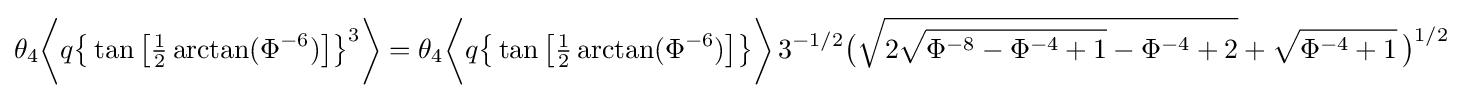
\theta _{4}{\biggl \langle }q{\bigl \{}\tan {\bigl [}{\tfrac {1}{2}}\arctan(\Phi ^{-6}){\bigr ]}{\bigr \}}^{3}{\biggr \rangle }=\theta _{4}{\biggl \langle }q{\bigl \{}\tan {\bigl [}{\tfrac {1}{2}}\arctan(\Phi ^{-6}){\bigr ]}{\bigr \}}{\biggr \rangle }\,3^{-1/2}{\bigl (}{\sqrt {2{\sqrt {\Phi ^{-8}-\Phi ^{-4}+1}}-\Phi ^{-4}+2}}+{\sqrt {\Phi ^{-4}+1}}\,{\bigr )}^{1/2}